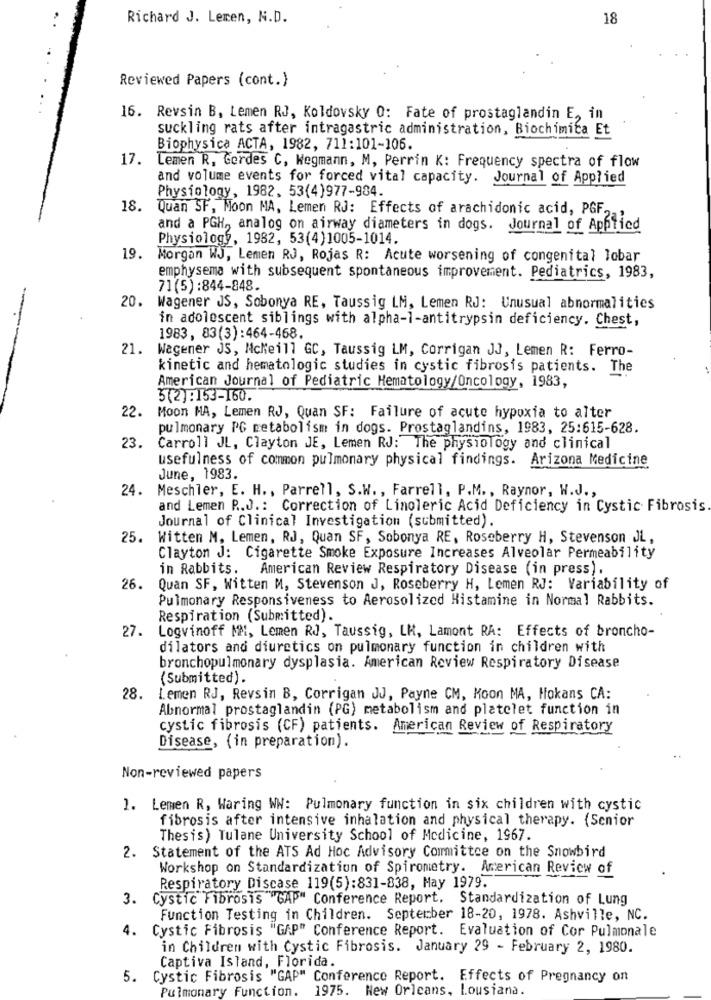
Richard J. Leren, N.D.
18
Reviewed Papers (cont.)
16. Revsin B, Lemen RJ, Koldovsky O: Fate of prostaglandin E, in
suckling rats after intragastric administration, Biochimica Et
Biophysica ACTA, 1982, 711:101-106.
17.
Lemen R, Gordes C, Wegmann, M, Perrin K: Frequency spectra of flow
and volume events for forced vital capacity. Journal of Applied
Physiology, 1982. 53(4)977-984.
18.
Quan SF, Moon MA, Lemen RJ: Effects of arachidonic acid, PGF,
and a PGH, analog on airway diameters in dogs. Journal of Applied
Physiology, 1982, 53(4)1005-1014.
19. Morgan WJ, Lemen RJ, Rojas R: Acute worsening of congenital lobar
emphysema with subsequent spontaneous improvement. Pediatrics, 1983,
71(5):844-848.
20. Wagener JS, Sobonya RE, Taussig LM, Lemen RJ: Unusual abnormalities
in adolescent siblings with alpha-1-antitrypsin deficiency. Chest,
1983, 83(3):464-468.
21.
Wagener JS, NcMeill GC, Taussig LM, Corrigan JJ, Lemen R: Ferro-
kinetic and hematologic studies in cystic fibrosis patients. The
American Journal of Pediatric Hematology/Oncology, 1983,
3(2) :153-160.
22.
Moon MA, Lemen RJ, Quan SF: Failure of acute hypoxia to alter
pulmonary PG metabolism in dogs. Prostaglandins, 1983, 25:615-628.
23.
Carroll JL, Clayton JE, Lemen RJ: The physiology and clinical
usefulness of common pulmonary physical findings. Arizona Medicine
June, 1983.
24.
Meschler, E. H ., Parrell, S.W ., Farrell, P.M ., Raynor, W.J .,
and Lemen R.J .: Correction of Linoleric Acid Deficiency in Cystic Fibrosis.
Journal of Clinical Investigation (submitted).
25. Witten M. Lemen, RJ, Quan SF, Sobonya RE, Roseberry H, Stevenson JL,
Clayton J: Cigarette Smoke Exposure Increases Alveolar Permeability
in Rabbits.
American Review Respiratory Disease (in press).
26.
Quan SF, Witten M, Stevenson J, Roseberry H, Lemen RJ: Variability of
Pulmonary Responsiveness to Aerosolized Histamine in Normal Rabbits.
Respiration (Submitted).
27.
Logvinoff MM, Lemen RJ, Taussig, LK, Lamont RA: Effects of broncho-
dilators and diuretics on pulmonary function in children with
bronchopulmonary dysplasia. American Review Respiratory Disease
(Submitted).
28.
Lemen RJ, Revsin B, Corrigan JJ, Payne CM, Moon MA, Hokans CA:
Abnormal prostaglandin (PG) metabolism and platelet function in
cystic fibrosis (CF) patients. American Review of Respiratory
Disease, (in preparation).
Non-reviewed papers
1. Lemen R, Waring WW: Pulmonary function in six children with cystic
fibrosis after intensive inhalation and physical therapy. {Senior
Thesis) Tulane University School of Medicine, 1967.
2. Statement of the ATS Ad Hoc Advisory Committee on the Snowbird
Workshop on Standardization of Spirometry. American Review of
Respiratory Discase 119(5):831-838, May 1979.
3.
Cystic Fibrosis "GAP" Conference Report. Standardization of Lung
Function Testing in Children. September 18-20, 1978. Ashville, NC.
4. Cystic Fibrosis "GAP" Conference Report. Evaluation of Cor Pulmonale
in Children with Cystic Fibrosis. January 29 - February 2, 1980.
Captiva Island, Florida.
5.
Cystic Fibrosis "GAP" Conference Report. Effects of Pregnancy on
Pulmonary Function.
1975.
New Orleans, Lousiana.